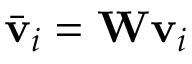
\bar { \mathbf { v } } _ { i } = \mathbf { W } \mathbf { v } _ { i }